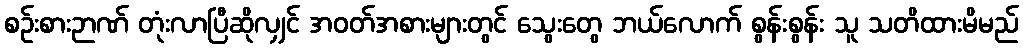
စဉ်းစားဉာဏ် တုံးလာပြီဆိုလျှင် အဝတ်အစားများတွင် သွေးတွေ ဘယ်လောက် စွန်းစွန်း သူ သတိထားမိမည်